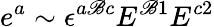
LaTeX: e^{a}\sim\epsilon^{a\mathscr{B}c}E^{\mathscr{B}1}E^{c2}